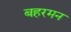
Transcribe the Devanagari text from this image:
बहरमन